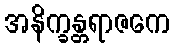
အနိက္ခန္တရာဇကေ